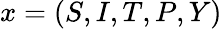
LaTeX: x=(S,I,T,P,Y)